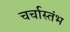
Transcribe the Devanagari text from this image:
चर्चास्तंभ